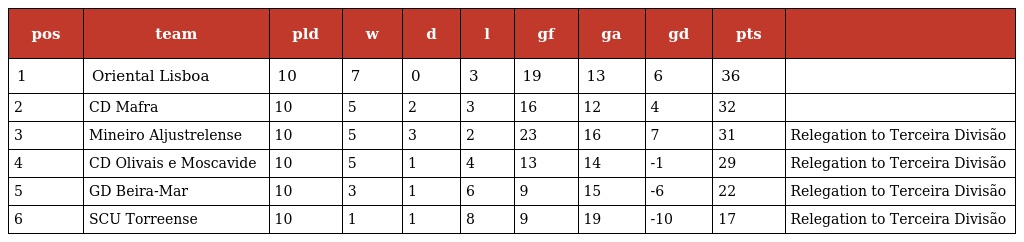
| pos | team | pld | w | d | l | gf | ga | gd | pts |  |
 | --- | --- | --- | --- | --- | --- | --- | --- | --- | --- | --- |
 | 1 | Oriental Lisboa | 10 | 7 | 0 | 3 | 19 | 13 | 6 | 36 |  |
 | 2 | CD Mafra | 10 | 5 | 2 | 3 | 16 | 12 | 4 | 32 |  |
 | 3 | Mineiro Aljustrelense | 10 | 5 | 3 | 2 | 23 | 16 | 7 | 31 | Relegation to Terceira Divisão |
 | 4 | CD Olivais e Moscavide | 10 | 5 | 1 | 4 | 13 | 14 | -1 | 29 | Relegation to Terceira Divisão |
 | 5 | GD Beira-Mar | 10 | 3 | 1 | 6 | 9 | 15 | -6 | 22 | Relegation to Terceira Divisão |
 | 6 | SCU Torreense | 10 | 1 | 1 | 8 | 9 | 19 | -10 | 17 | Relegation to Terceira Divisão |